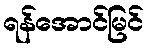
ရန်အောင်မြင်